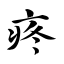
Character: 疼